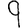
Digit: 9